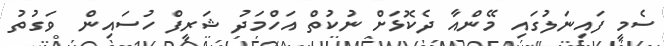
ސެމީ ފައިނަލުގައި މޭންއާ ދެކޮޅަށް ނުކުތް އަހްމަދު ޝަރީފް ހުސައިން  ވަގުތު